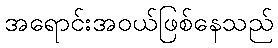
အရောင်းအဝယ်ဖြစ်နေသည်